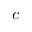
c